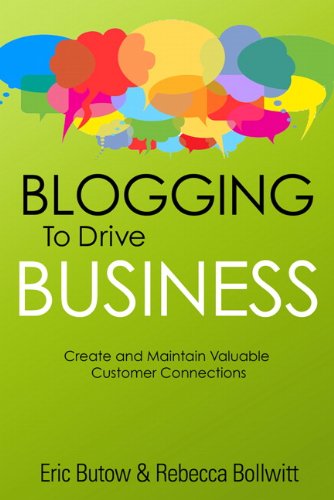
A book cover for Blogging to Drive Business: Create and Maintain Valuable Customer Connections (2nd Edition) (Que Biz-Tech); Eric Butow; Computers & Technology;